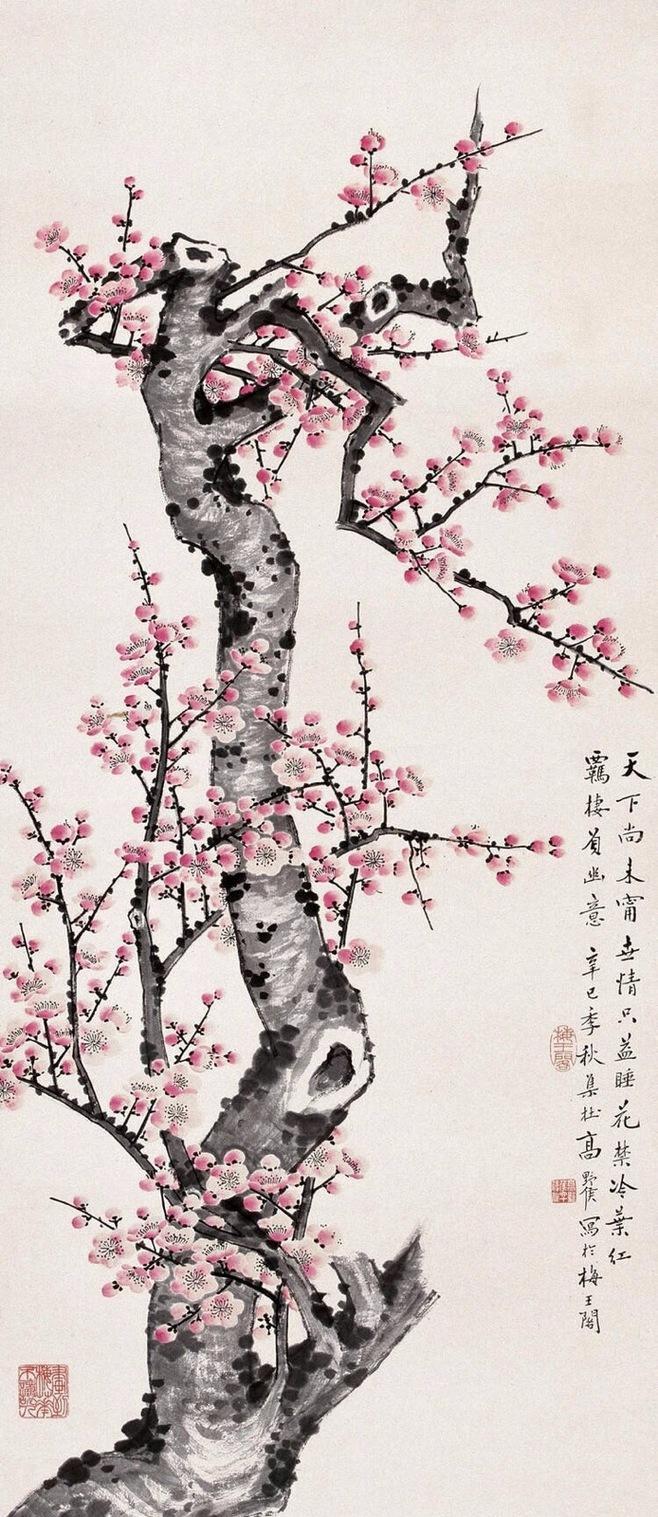
万树寒无色，南枝独有花。